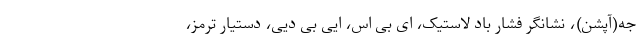
جه(آپشن)، نشانگر فشار باد لاستیک، ای بی اس، ایی بی دیی، دستیار ترمز،